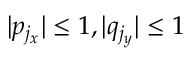
| p _ { j _ { x } } | \leq 1 , | q _ { j _ { y } } | \leq 1